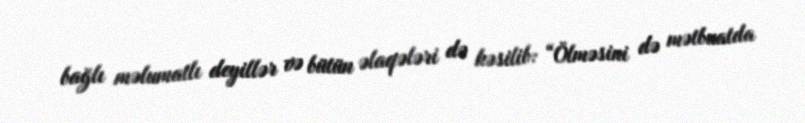
bağlı məlumatlı deyillər və bütün əlaqələri də kəsilib: “Ölməsini də mətbuatda